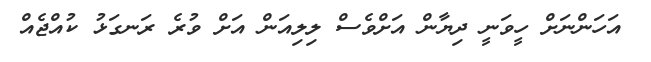
އަހަންނަށް ހީވަނީ ދިޔާން އަށްވެސް ލިލިއަން އަށް ވުރެ ރަނގަޅު ކުއްޖެއް